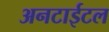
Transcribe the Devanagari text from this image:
अनटाईटल